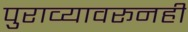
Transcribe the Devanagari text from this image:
पुराव्यावरूनही